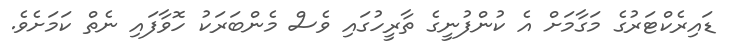
ޑައިރެކްޓަރުގެ މަގާމަށް އެ ކުންފުނީގެ ތާރީހުގައި ވެސް މެންބަރަކު ހޮވާފައި ނެތް ކަމަށެވެ.